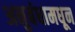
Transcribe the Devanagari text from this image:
अनुबंधामधून